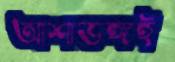
আশাভঙ্গই